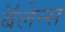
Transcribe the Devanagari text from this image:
बॅलेन्स